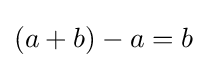
(a+b)-a=b